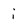
Character: i